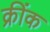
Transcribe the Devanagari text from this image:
क्रींक